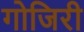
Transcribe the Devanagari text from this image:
गोजिरी